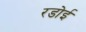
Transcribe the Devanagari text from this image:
रडोई